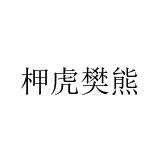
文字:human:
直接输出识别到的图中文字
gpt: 柙虎樊熊